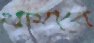
থামাবে